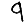
Digit: 9